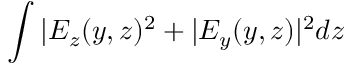
\int { | E _ { z } ( y , z ) ^ { 2 } + | E _ { y } ( y , z ) | ^ { 2 } } d z